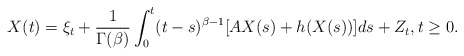
\begin{align*}X(t)=\xi_t+\frac{1}{\Gamma(\beta)} \int_0^t (t-s)^{\beta-1} [A X(s)+h(X(s))] ds + Z_t,t\ge 0.\end{align*}